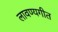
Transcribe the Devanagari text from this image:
लावण्यगीत